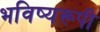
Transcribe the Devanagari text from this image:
भविष्यरूपी